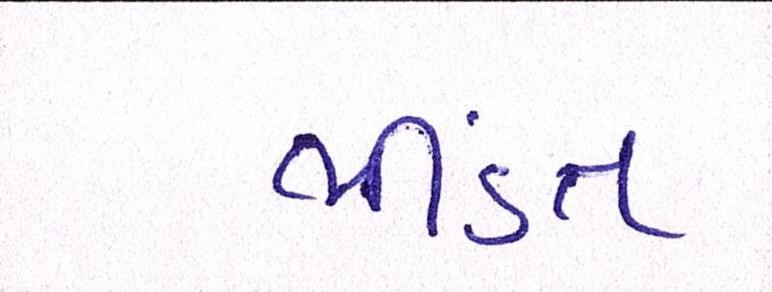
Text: ભીડંત